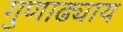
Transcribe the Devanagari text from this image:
गुणाढ्याय